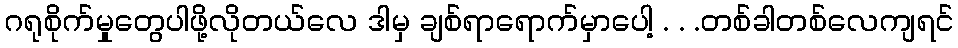
ဂရုစိုက်မှုတွေပါဖို့လိုတယ်လေ ဒါမှ ချစ်ရာရောက်မှာပေါ့ . . .တစ်ခါတစ်လေကျရင်